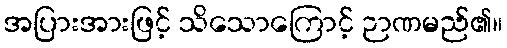
အပြားအားဖြင့် သိသောကြောင့် ဉာဏမည်၏။